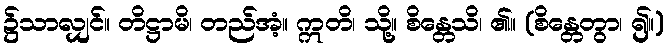
၌သာလျှင်။ တိဋ္ဌာမိ၊ တည်အံ့။ ဣတိ၊ သို့။ စိန္တေသိ၊ ၏။ (စိန္တေတွာ၊ ၍။)